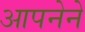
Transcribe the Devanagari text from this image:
आपनेने